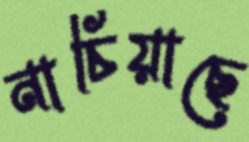
নাচিয়াছে